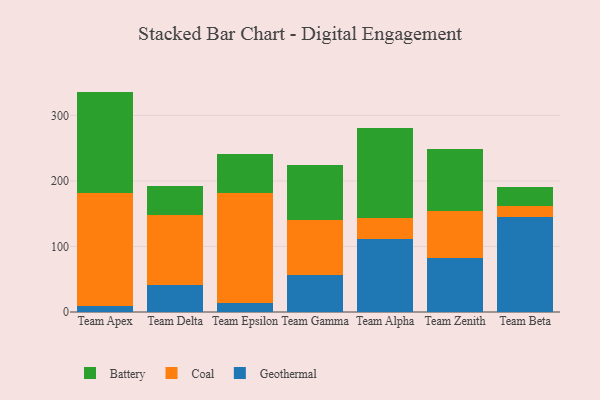
{"axis": {"x": "Team", "y": "Bounce Rate (%)"}, "legend": ["Battery", "Coal", "Geothermal"], "data": [{"x": "Team Apex", "y": 9.6, "type": "Geothermal"}, {"x": "Team Apex", "y": 171.5, "type": "Coal"}, {"x": "Team Apex", "y": 155.2, "type": "Battery"}, {"x": "Team Delta", "y": 40.6, "type": "Geothermal"}, {"x": "Team Delta", "y": 107.0, "type": "Coal"}, {"x": "Team Delta", "y": 44.6, "type": "Battery"}, {"x": "Team Epsilon", "y": 14.2, "type": "Geothermal"}, {"x": "Team Epsilon", "y": 167.7, "type": "Coal"}, {"x": "Team Epsilon", "y": 58.6, "type": "Battery"}, {"x": "Team Gamma", "y": 56.9, "type": "Geothermal"}, {"x": "Team Gamma", "y": 83.5, "type": "Coal"}, {"x": "Team Gamma", "y": 84.1, "type": "Battery"}, {"x": "Team Alpha", "y": 111.1, "type": "Geothermal"}, {"x": "Team Alpha", "y": 31.8, "type": "Coal"}, {"x": "Team Alpha", "y": 138.3, "type": "Battery"}, {"x": "Team Zenith", "y": 82.7, "type": "Geothermal"}, {"x": "Team Zenith", "y": 71.6, "type": "Coal"}, {"x": "Team Zenith", "y": 93.7, "type": "Battery"}, {"x": "Team Beta", "y": 144.5, "type": "Geothermal"}, {"x": "Team Beta", "y": 18.0, "type": "Coal"}, {"x": "Team Beta", "y": 27.8, "type": "Battery"}]}